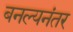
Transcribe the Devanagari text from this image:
बनल्यनंतर